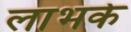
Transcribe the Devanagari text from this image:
लाभके